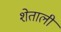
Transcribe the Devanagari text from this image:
शेताली